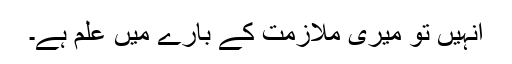
اُنہیں تو میری ملازمت کے بارے میں علم ہے۔